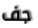
جف